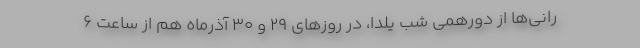
رانی‌ها از دورهمی شب یلدا، در روز‌های ۲۹ و ۳۰ آذرماه هم از ساعت ۶